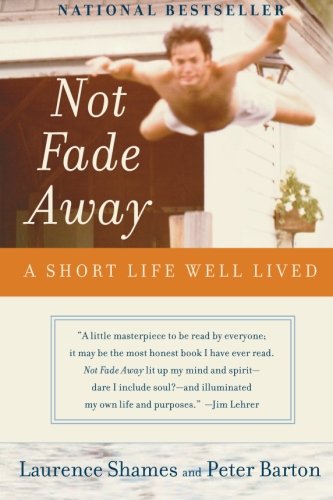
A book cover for Not Fade Away: A Short Life Well Lived; Laurence Shames; Biographies & Memoirs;